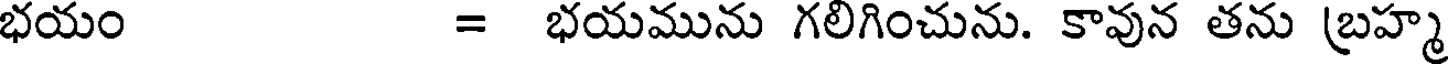
భయం = భయమును గలిగించును. కావున తను బ్రహ్మ